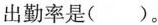
出勤率是()。